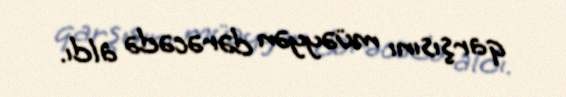
qarşısını müəyyən dərəcədə aldı.